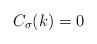
LaTeX: \begin{align*}C_{\sigma}(k) = 0\qquad\end{align*}